Sketch of the medical history of the native army of Bombay, for the year
Year: 1872
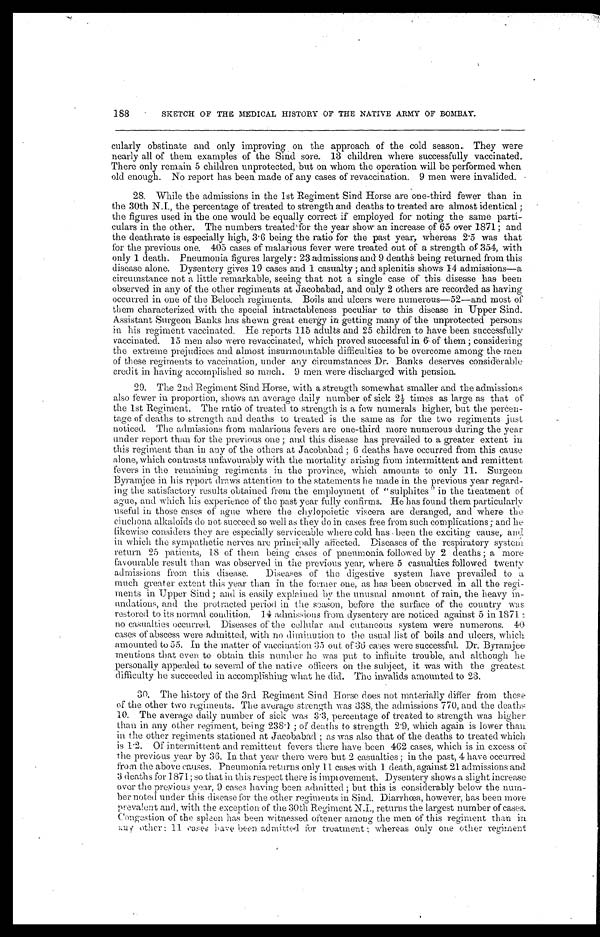
188
SKETCH OF THE MEDICAL HISTORY OF THE NATIVE ARMY OF BOMBAY.
cularly obstinate and only improving on the approach of the cold season. They were
nearly all of them examples of the Sind sore. 13 children where successfully vaccinated.
There only remain 5 children unprotected, but on whom the operation will be performed when
old enough. No report has been made of any cases of revaccination. 9 men were invalided.
28. While the admissions in the 1st Regiment Sind Horse are one-third fewer than in
the 30th NJ., the percentage of treated to strength and deaths to treated are almost identical ;
the figures used in the one would be equally correct if employed for noting the same parti-
culars in the other. The numbers treated for the year show an increase of 65 over 1871 ; and
the deathrate is especially high, 3.6 being the ratio for the past year, whereas 2.5 was that
for the previous one. 405 cases of malarious fever were treated out of a strength of 354, with
only 1 death. Pneumonia figures largely: 2.3 admissions and 9 deaths being returned from this
disease alone. Dysentery gives 19 cases and 1 casualty ; and splenitis shows 14 admissions—a
circumstance not a little remarkable, seeing that not a single case of this disease has been
observed in any of the other regiments at Jacobabad, and only 2 others are recorded as having
occurred in one of the Belooch regiments. Boils and ulcers were numerous—52—and most of
them characterized with the special intractableness peculiar to this disease in Upper Sind.
Assistant Surgeon Banks has shewn great energy in getting many of the unprotected persons
in his regiment vaccinated. He reports 115 adults and 25 children to have been successfully
vaccinated. 15 men also were revaccinated, which proved successful in 6 of them ; considering
the extreme prejudices and almost insurmountable difficulties to be overcome among the men
of these regiments to vaccination, under any circumstances Dr. Banks deserves considerable
credit in having accomplished so much. 9 men were discharged with pension.
29. The 2nd Regiment Sind Horse, with a strength somewhat smaller and the admissions
also fewer in proportion, shows an average daily number of sick 21/2 times as large as that of
the 1st Regiment. The ratio of treated to strength is a few numerals higher, but the percen-
tage of deaths to strength and deaths to treated is the same as for the two regiments just
noticed. The admissions from malarious fevers are one-third more numerous during the year
under report than for the previous one ; and this disease has prevailed to a greater extent in
this regiment than in any of the others at Jacobabad ; 6 deaths have occurred from this cause
alone, which contrasts unfavourably with the mortality arising from intermittent and remittent
fevers in the remaining regiments in the province, which amounts to only Surgeon
Byramjee in his report draws attention to the statements he made in the previous year regard-
ing the satisfactory results obtained from the employment of "sulphites in the treatment of
ague, and which his experience of the past year fully confirms. He has found them particularly
useful in those cases of ague where the chylopoietic viscera are deranged, and where the
cinchona alkaloids do not succeed so well as they do in cases free from such complications ; and lie
likewise considers they are especially serviceable where cold has been the exciting cause, and
in which the sympathetic nerves are principally afected. Diseases of the respiratory system
return 25 patients, 18 of their being cases of pneumonia followed by 2 deaths ; a more
favourable result than was observed in the previous year, where 5 casualties followed twenty
admissions from this disease. Diseases of the digestive system have prevailed to a
much greater extent this year than in the former one, as has been observed in all the regi-
ments in Upper Sind ; and is easily explained by the unusual amount of rain, the heavy in-
undations, and the protracted period in the season, before the surface Of the country was
restored to its normal condition. 14 admissions from. dysentery are noticed against 5 in 1871 :
no casualties occurred. Diseases of the cellular and cutaneous system were numerous. 40
cases of abscess were admitted, with no diminution. to the usual list of boils and ulcers, which
amounted to 55. In the matter of vaccination 35 out of 36 cases were successful. Dr. Byramjee
mentions that even to obtain this number he was put to infinite trouble, and although he
personally appealed to several of the native officers on the subject, it was with the greatest
difficulty he succeeded in accomplishing what he did. The invalids amounted to 23.
30. The history of the 3rd Regiment Sind Horse does not materially differ from those
of the other two regiments. The average strength was 338, the admissions 770, and the deaths
10. The average daily number of sick was 3.3, percentage of treated to strength was higher
than in any other regiment, being 238 . 1 ; of deaths to strength 2.9, which again is lower than.
in the other regiments stationed at Jacobabad ; as was also that of the deaths to treated which
is 1 .2. Of intermittent and remittent fevers there have been 462 cases, which is in excess of
the previous year by 36. In that year there were but 2 casualties ; in the past, 4 have occurred.
from the above causes. Pneumonia returns only 11 cases with 1 death, against 21 admissions and
3 deaths for 1871; so that in this respect there is impiovement. Dysentery shows a slight increase
over the preyious year, 9 cases having been admitted ; but this is considerably below the num-
ber noted under this disease for the other regiments in Sind. Diarrhœa, however, has been more
prevalent and, with the exception of the :30th Regiment N.I., returns the largest number of cases.
Congestion of the spleen has been witnessed oftener among the men of this regiment than in.
any other: 11 cases have been admitted for treatment : whereas only one other regiment